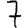
Digit: 7